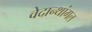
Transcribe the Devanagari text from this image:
वेदान्थांगल